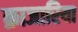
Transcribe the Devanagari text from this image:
क़ाजारिया